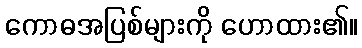
ကောဓအပြစ်များကို ဟောထား၏။